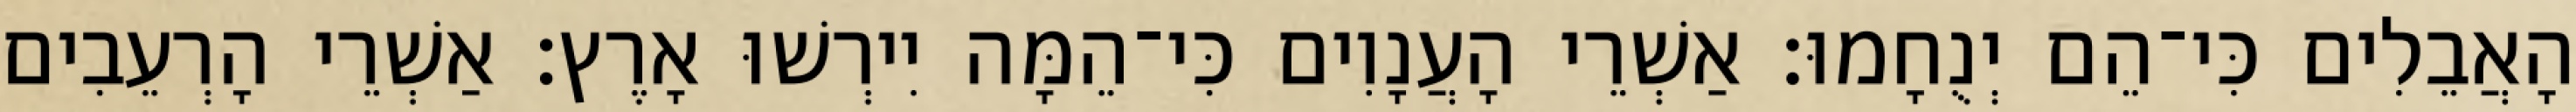
הָאֲבֵלִים כִּי־הֵם יְנֻחָמוּ׃ אַשְׁרֵי הָעֲנָוִים כִּי־הֵמָּה יִירְשׁוּ אָרֶץ׃ אַשְׁרֵי הָרְעֵבִים